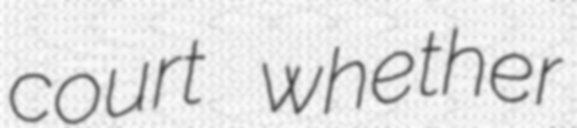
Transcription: court whether